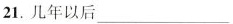
21.几年以后___